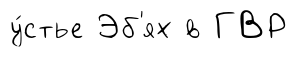
у́стье Эб'ях в ГВР